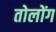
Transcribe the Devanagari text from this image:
तोलोंग